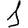
Digit: 1